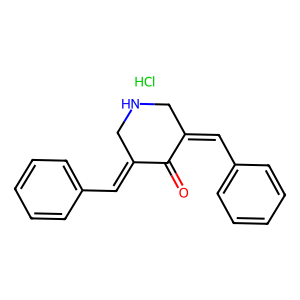
SMILES: Cl.O=C1C(=Cc2ccccc2)CNCC1=Cc1ccccc1
Inhibits HIV replication: No